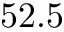
5 2 . 5